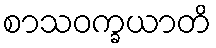
စာသဝက္ခယာတိ